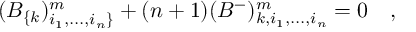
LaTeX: ( B _ { \{ k } ) _ { i _ { 1 } , . . . , i _ { n } \} } ^ { m } + ( n + 1 ) ( B ^ { - } ) _ { k , i _ { 1 } , . . . , i _ { n } } ^ { m } = 0 ~ ~ ~ ,